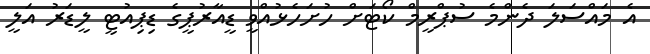
އެ މައްސަލަ ދެންމެ ސުޕްރީމް ކޯޓަށް ހުށަހެޅުއްވީ ޑީއާރުޕީގެ ޑިޕިއުޓީ ލީޑަރު އަލީ